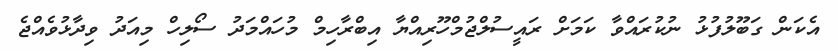
އެކަން ގަބޫލުފުޅު ނުކުރައްވާ ކަމަށް ރައީސުލްޖުމްހޫރިއްޔާ އިބްރާހިމް މުހައްމަދު ސޯލިހް މިއަދު ވިދާޅުވެއްޖެ